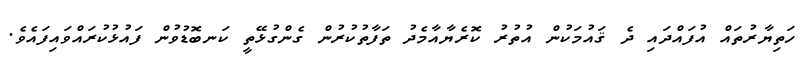
ހަތިޔާރުތައް އުފައްދައި ދެ ޤައުމަކުން އުތުރު ކޮރެޔާއާމެދު ތަފާތުކުރުން ގެންގުޅޭތީ ކަނބޮޑުވުން ފައުޅުކުރައްވައިފައެވެ.